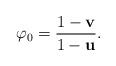
LaTeX: \begin{align*}\varphi_0=\frac{1-{\mathbf v}}{1-{\mathbf u}}.\end{align*}